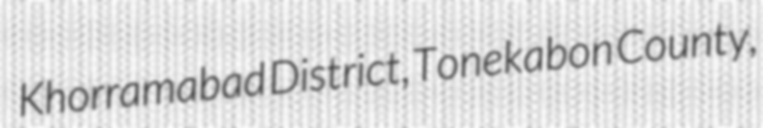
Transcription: Khorramabad District, Tonekabon County,